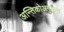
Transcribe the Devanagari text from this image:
अन्तिकोअगुलन्त